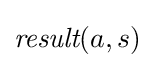
{\textit {result}}(a,s)